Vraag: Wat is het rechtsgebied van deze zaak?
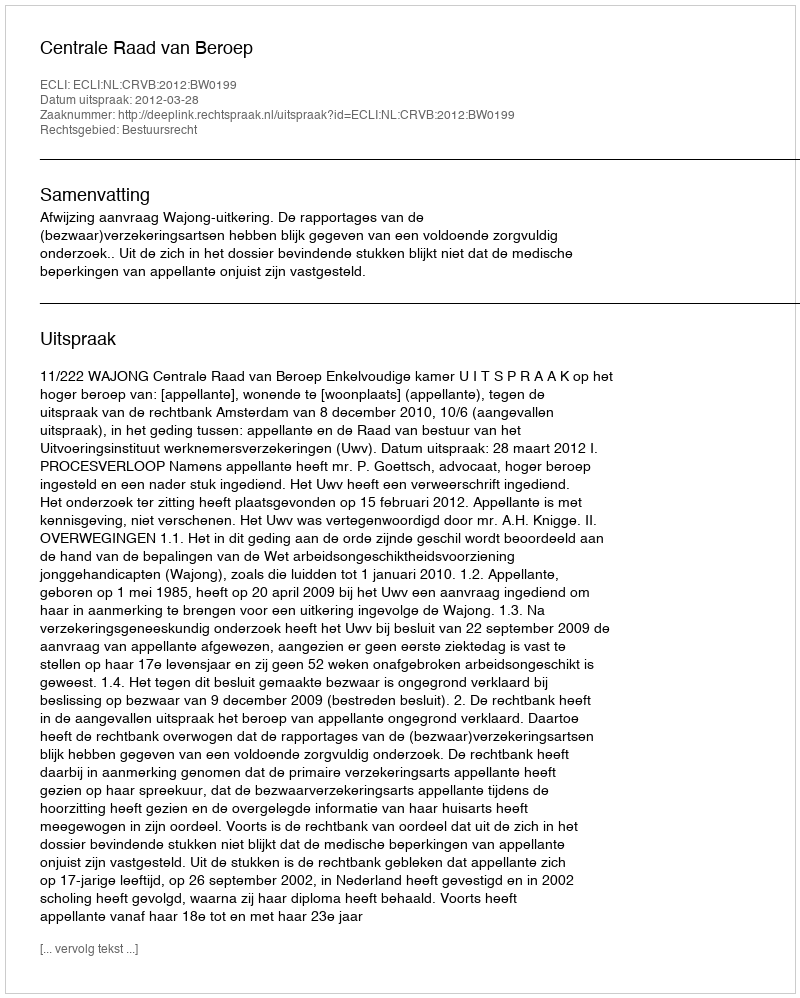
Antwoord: Bestuursrecht